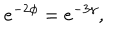
e ^ { - 2 \phi } = e ^ { - 3 \gamma } ,